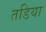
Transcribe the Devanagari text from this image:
तडिया